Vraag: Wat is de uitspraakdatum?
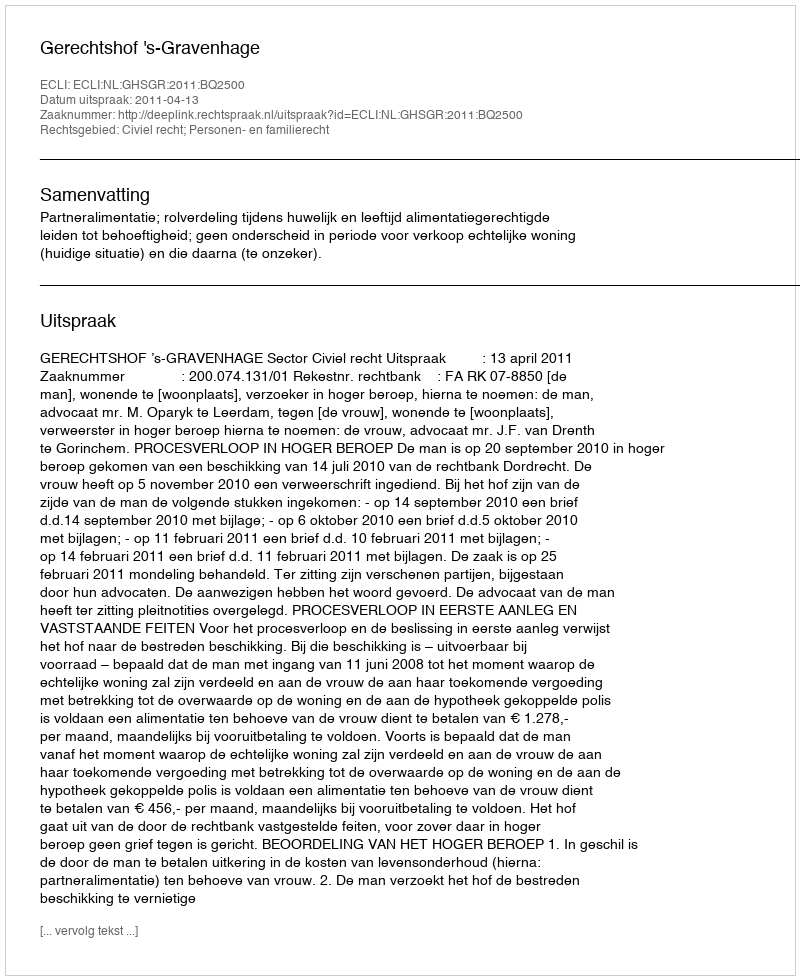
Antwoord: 2011-04-13